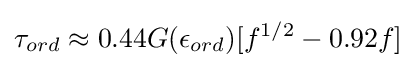
\tau _{ord}\approx 0.44G(\epsilon _{ord})[f^{1/2}-0.92f]